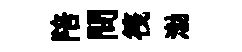
陪問筏渤